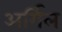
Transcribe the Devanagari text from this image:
अर्गिल